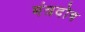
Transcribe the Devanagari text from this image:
मंत्रदोष